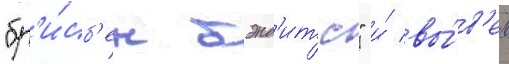
"бр'и́сб'ен бэнд'итс" и́ вы́в'ел